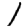
Digit: 1